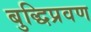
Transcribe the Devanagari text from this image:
बुद्धिप्रवण